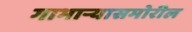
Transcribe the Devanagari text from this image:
गाभाऱ्यासमोरील